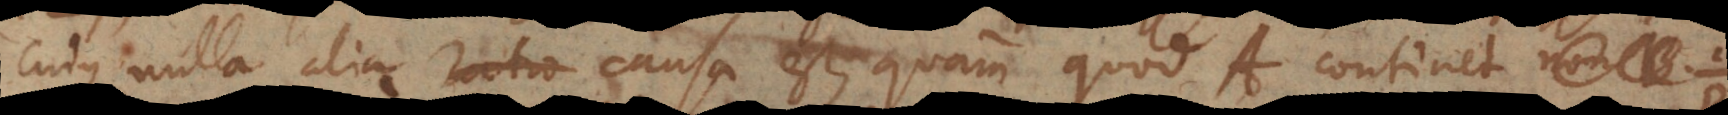
cujus nulla alia ratio causa est, quam quod A continet.